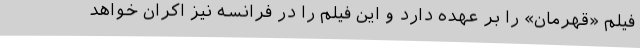
فیلم «قهرمان» را بر عهده دارد و این فیلم را در فرانسه نیز اکران خواهد